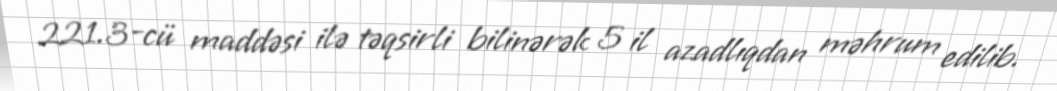
221.3-cü maddəsi ilə təqsirli bilinərək 5 il azadlıqdan məhrum edilib.